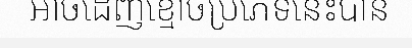
អាចដេញខ្មោចប្រភេទនេះបាន